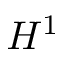
H ^ { 1 }